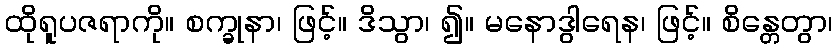
ထိုရူပဇရာကို။ စက္ခုနာ၊ ဖြင့်။ ဒိသွာ၊ ၍။ မနောဒွါရေန၊ ဖြင့်။ စိန္တေတွာ၊